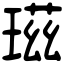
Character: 𤧹